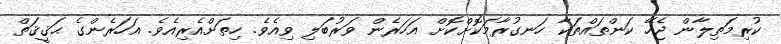
ކުރިމަތިލާން ޖެހޭ ކަންތައްތަކާ ހަނގުރާމަކޮށްކޮށް އަހަރެން ވަރުބަލި ވިއެވެ. ހިތަށްއެރިއެވެ. އަހަރެންގެ ޙަޤީޤަތް